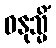
ဓနုသ္မိံ